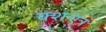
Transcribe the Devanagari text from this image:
क्शःएत्र